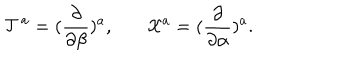
{ \cal T } ^ { a } = ( { \frac { \partial } { \partial \beta } } ) ^ { a } , \ \ \ { \cal X } ^ { a } = ( { \frac { \partial } { \partial \alpha } } ) ^ { a } .